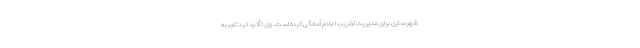
شهرسازی برای مدیریت تخریب اعلام آمادگی کرده است. وی تأکید کرد: تجربه